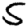
Digit: 5